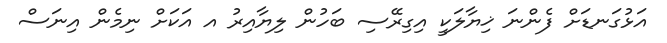
އަޅުގަނޑަށް ފެންނަ ޚިޔާލަކީ އިގިރޭސި ބަހުން ލިޔާއިރު އ އަކަށް ނިމެން އިނަސް